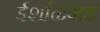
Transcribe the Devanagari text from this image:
ईर्शाळगड